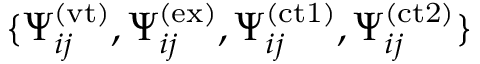
\{ \Psi _ { i j } ^ { ( \mathrm { v t } ) } , \Psi _ { i j } ^ { ( \mathrm { e x } ) } , \Psi _ { i j } ^ { ( \mathrm { c t 1 } ) } , \Psi _ { i j } ^ { ( \mathrm { c t 2 } ) } \}